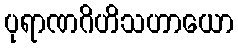
ပုရာဏဂိဟိသဟာယော